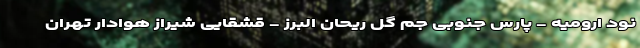
نود ارومیه - پارس جنوبی جم گل ریحان البرز - قشقایی شیراز هوادار تهران